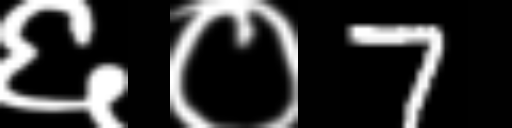
Text: ६०7